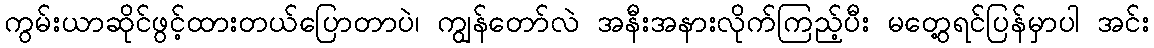
ကွမ်းယာဆိုင်ဖွင့်ထားတယ်ပြောတာပဲ၊ ကျွန်တော်လဲ အနီးအနားလိုက်ကြည့်ပီး မတွေ့ရင်ပြန်မှာပါ အင်း